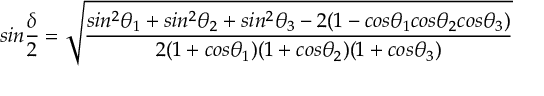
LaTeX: s i n \frac { \delta } { 2 } = \sqrt { \frac { s i n ^ { 2 } \theta _ { 1 } + s i n ^ { 2 } \theta _ { 2 } + s i n ^ { 2 } \theta _ { 3 } - 2 ( 1 - c o s \theta _ { 1 } c o s \theta _ { 2 } c o s \theta _ { 3 } ) } { 2 ( 1 + c o s \theta _ { 1 } ) ( 1 + c o s \theta _ { 2 } ) ( 1 + c o s \theta _ { 3 } ) } }